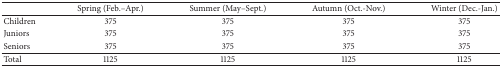
<table><thead><tr><td><b> </b></td><td><b>Spring (Feb.–Apr.)</b></td><td><b>Summer (May–Sept.)</b></td><td><b>Autumn (Oct.-Nov.)</b></td><td><b>Winter (Dec.-Jan.)</b></td></tr></thead><tbody><tr><td>Children</td><td>375</td><td>375</td><td>375</td><td>375</td></tr><tr><td>Juniors</td><td>375</td><td>375</td><td>375</td><td>375</td></tr><tr><td>Seniors</td><td>375</td><td>375</td><td>375</td><td>375</td></tr><tr><td>Total</td><td>1125</td><td>1125</td><td>1125</td><td>1125</td></tr></tbody></table>